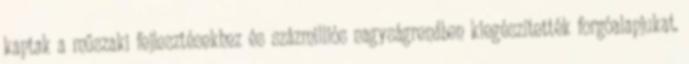
kaptak a műszaki fejlesztésekhez és százmilliós nagyságrendben kiegészítették forgóalapjukat.